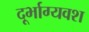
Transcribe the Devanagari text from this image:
दूर्भाग्यवश